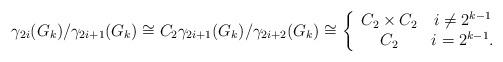
LaTeX: \begin{align*} \gamma_{2i}(G_k)/\gamma_{2i+1}(G_k) \cong C_2 \gamma_{2i+1}(G_k)/\gamma_{2i+2}(G_k) \cong \left\{\begin{array}{cc} C_2 \times C_2 & i\ne 2^{k-1}\\ C_2 &i=2^{k-1}. \end{array}\right. \end{align*}